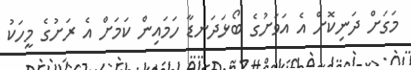
މަގަށް ދަނިކޮށް އެ އަވަށުގެ ބޯޅަދަނޑާ ހަމައިން ކަމަށް އެ ރަށުގެ މީހަކު